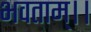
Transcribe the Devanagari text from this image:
भवताम्।।